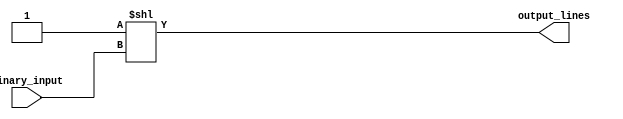
module binary_decoder (
  input [3:0] binary_input,
  output [7:0] output_lines
);

  assign output_lines = 4'b0001 << binary_input;

endmodule